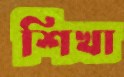
শিখা